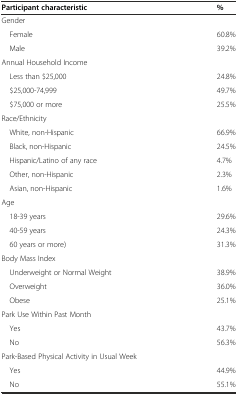
| Participant characteristic | % |
 | --- | --- |
 | Gender |  |
 | Female | 60.8% |
 | Male | 39.2% |
 | Annual Household Income |  |
 | Less than $25,000 | 24.8% |
 | $25,000-74,999 | 49.7% |
 | $75,000 or more | 25.5% |
 | Race/Ethnicity |  |
 | White, non-Hispanic | 66.9% |
 | Black, non-Hispanic | 24.5% |
 | Hispanic/Latino of any race | 4.7% |
 | Other, non-Hispanic | 2.3% |
 | Asian, non-Hispanic | 1.6% |
 | Age |  |
 | 18-39 years | 29.6% |
 | 40-59 years | 24.3% |
 | 60 years or more) | 31.3% |
 | Body Mass Index |  |
 | Underweight or Normal Weight | 38.9% |
 | Overweight | 36.0% |
 | Obese | 25.1% |
 | Park Use Within Past Month |  |
 | Yes | 43.7% |
 | No | 56.3% |
 | Park-Based Physical Activity in Usual Week |  |
 | Yes | 44.9% |
 | No | 55.1% |